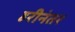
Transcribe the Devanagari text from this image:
हरीनंतर